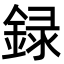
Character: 録